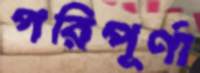
পরিপূর্ণা